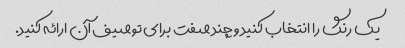
یک رنگ را انتخاب کنید و چند صفت برای توصیف آن ارائه کنید.